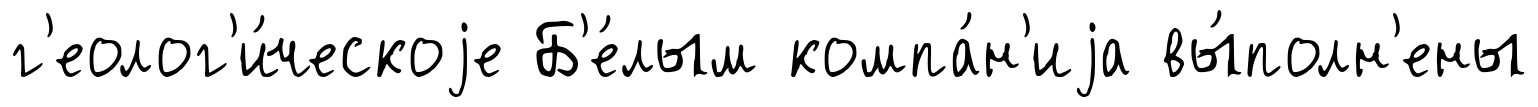
г'еолог'и́ческоjе Б'е́лым компа́н'иjа вы́полн'ены